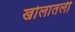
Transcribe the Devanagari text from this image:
खोलातली